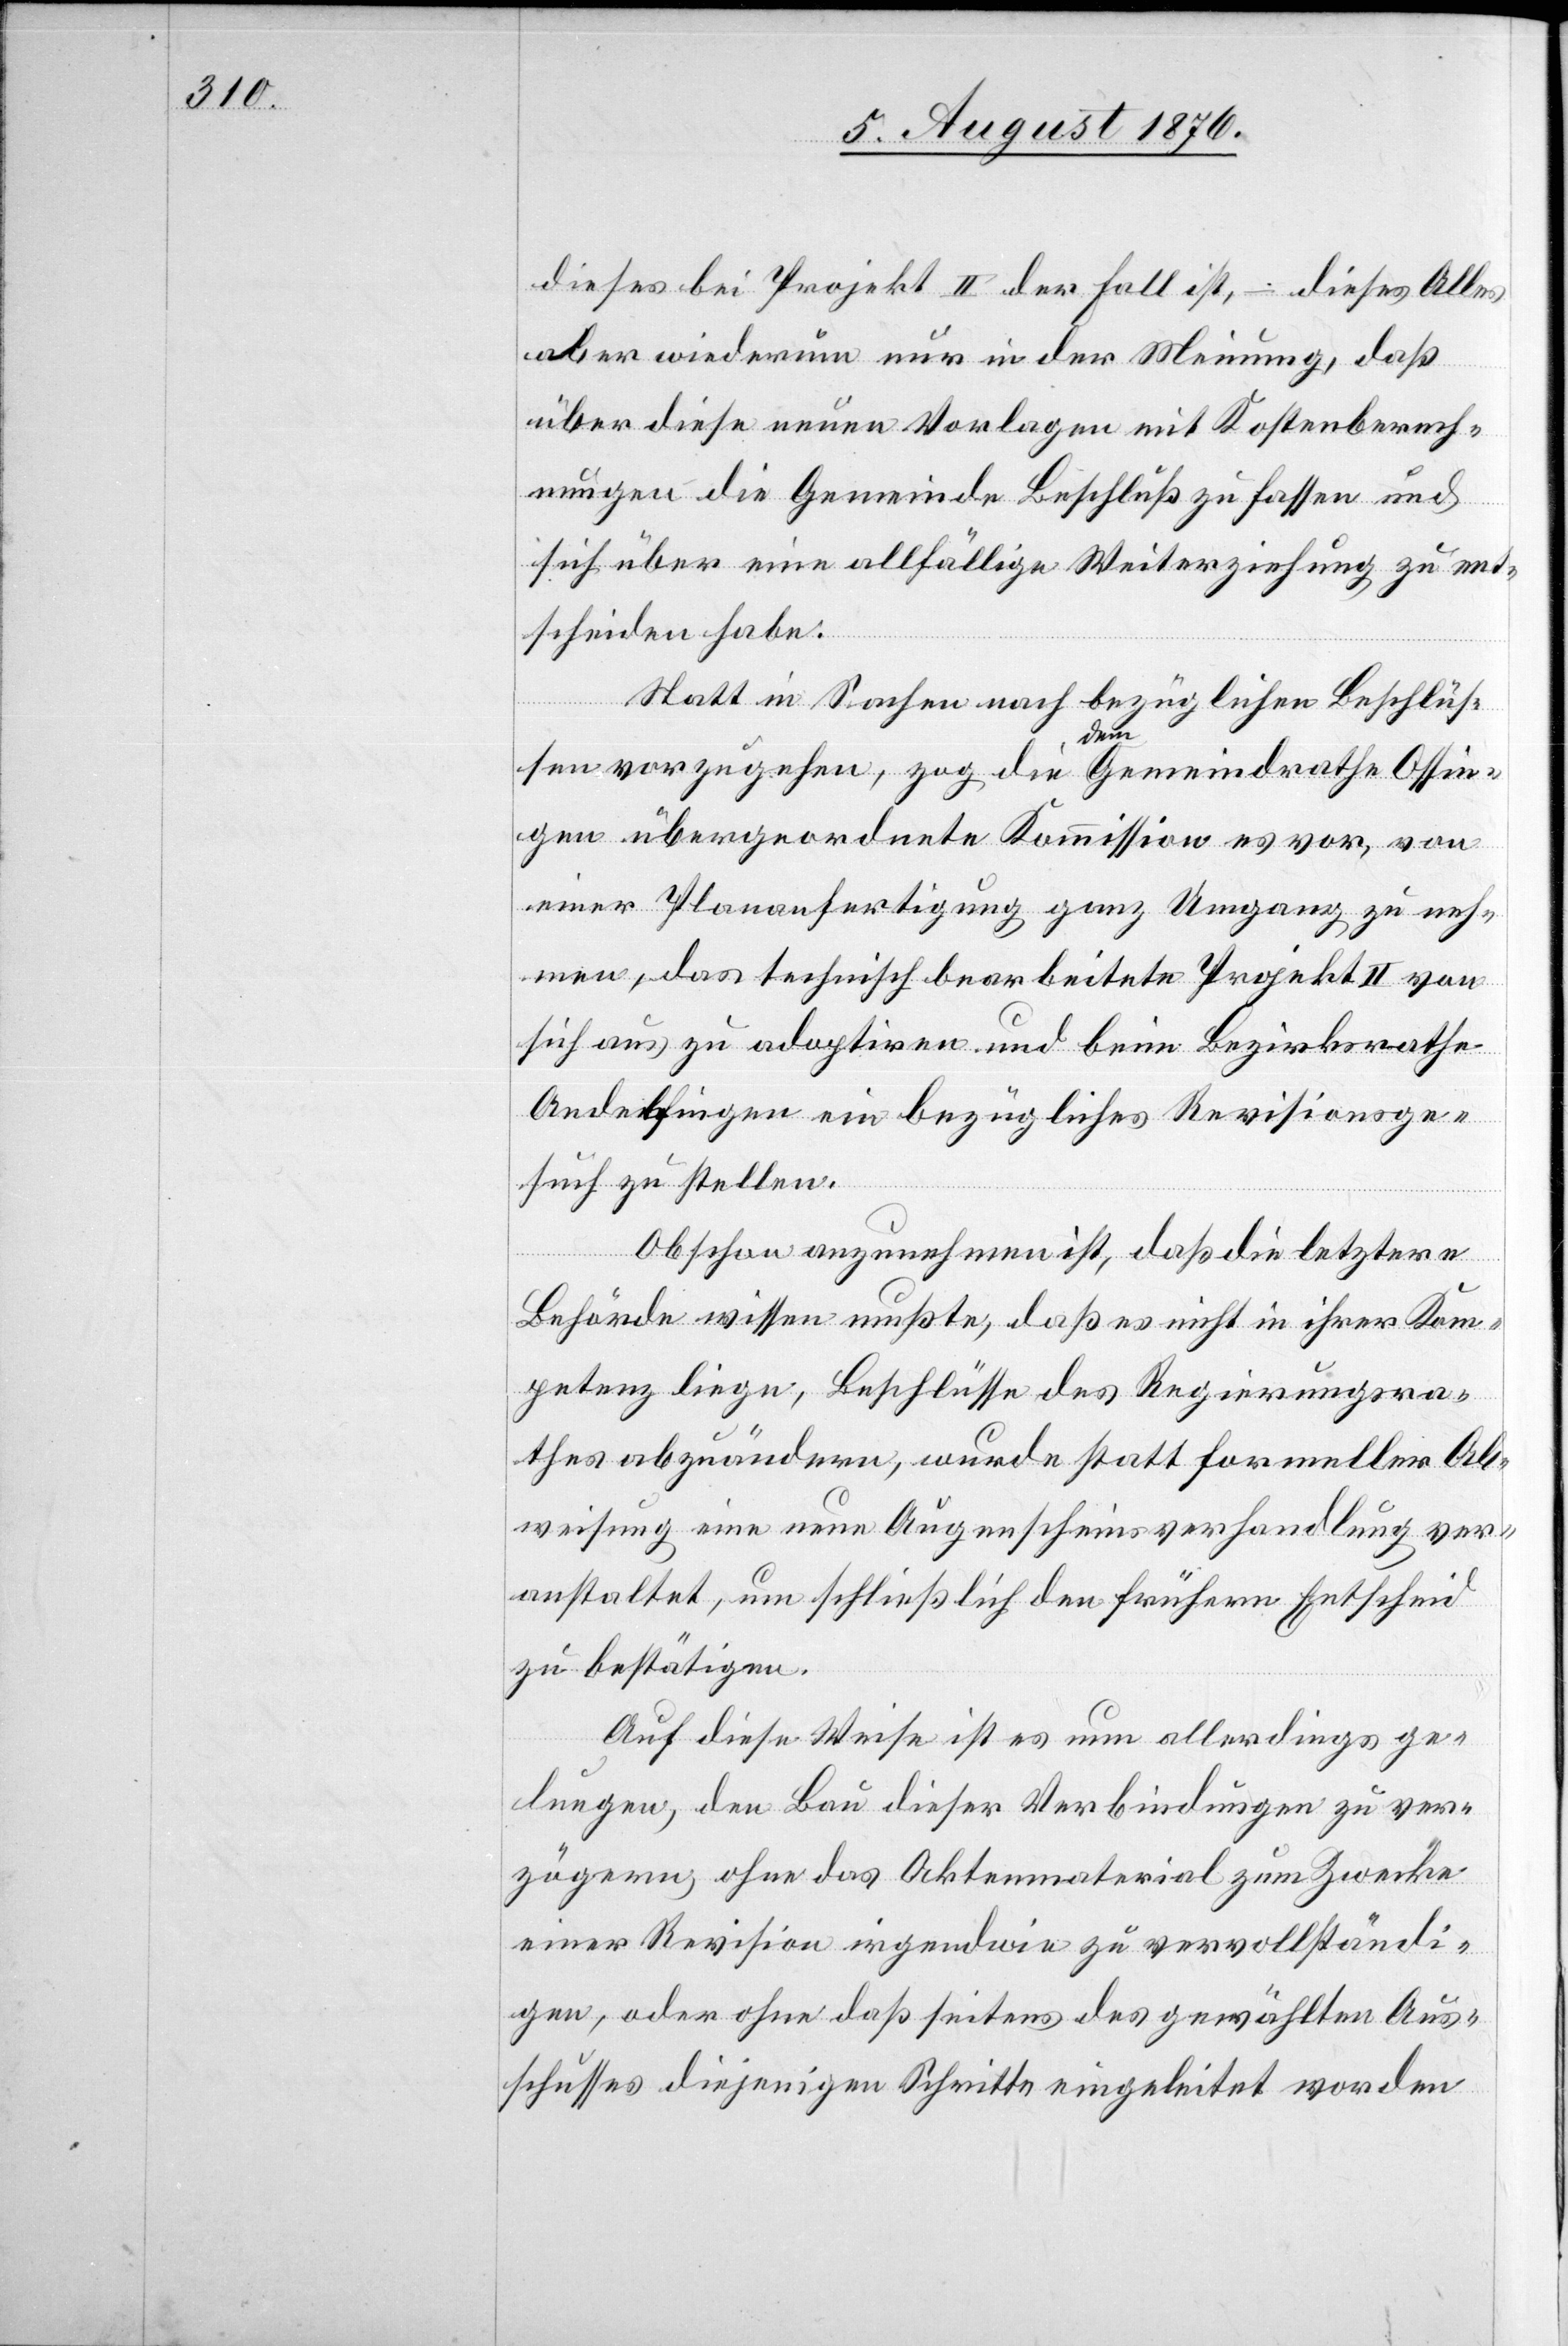
dieses bei Projekt II der Fall ist, – dieses Alles
aber wiederum nur in der Meinung, daß
über diese neuen Vorlagen mit Kostenberech¬
nungen die Gemeinde Beschluß zu fassen und
sich über eine allfällige Weiterziehung zu ent¬
scheiden habe.
Statt in Sachen nach bezüglichen Beschlüs¬
sen vorzugehen, zog die dem Gemeindrathe Ossin¬
gen übergeordnete Kommission es vor, von
einer Plananfertigung ganz Umgang zu neh¬
men, das technisch bearbeitete Projekt II von
sich aus zu adoptiren und beim Bezirksrathe
Andelfingen ein bezügliches Revisionsge¬
such zu stellen.
Obschon anzunehmen ist, daß die letztere
Behörde wissen mußte, daß es nicht in ihrer Kom¬
petenz liege, Beschlüsse des Regierungsra¬
thes abzuändern, wurde statt formeller Ab¬
weisung eine neue Augenscheinsverhandlung ver¬
anstaltet, um schließlich den frühern Entscheid
zu bestätigen.
Auf diese Weise ist es nun allerdings ge¬
lungen, de Bau dieser Verbindungen zu ver¬
zögern, ohne das Aktenmaterial zum Zwecke
einer Revision irgendwie zu vervollständi¬
gen, oder ohne das seitens des gewählten Aus¬
schusses diejenigen Schritte eingeleitet worden